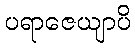
ပရာဇေယျာပိ